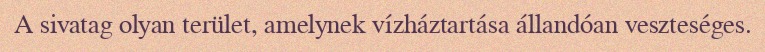
A sivatag olyan terület, amelynek vízháztartása állandóan veszteséges.